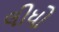
લીધો